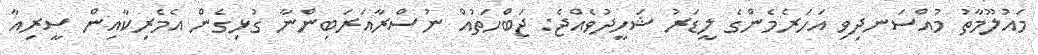
މައުލޫމާތު މުއްސަނދިވި އަހަރެމެންގެ ލީޑަރު ޝަހީދުވެއްޖެ: ޖަބްހަތުއް ނުސްރާއަރަބިންނާ ގުޅިގެން އެމެރިކާއިން ސީރިއާ